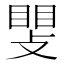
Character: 𫿊